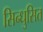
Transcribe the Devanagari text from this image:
सिन्धुसित